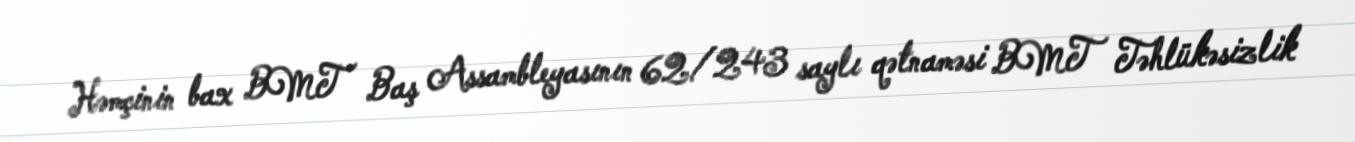
Həmçinin bax BMT Baş Assambleyasının 62/243 saylı qətnaməsi BMT Təhlükəsizlik